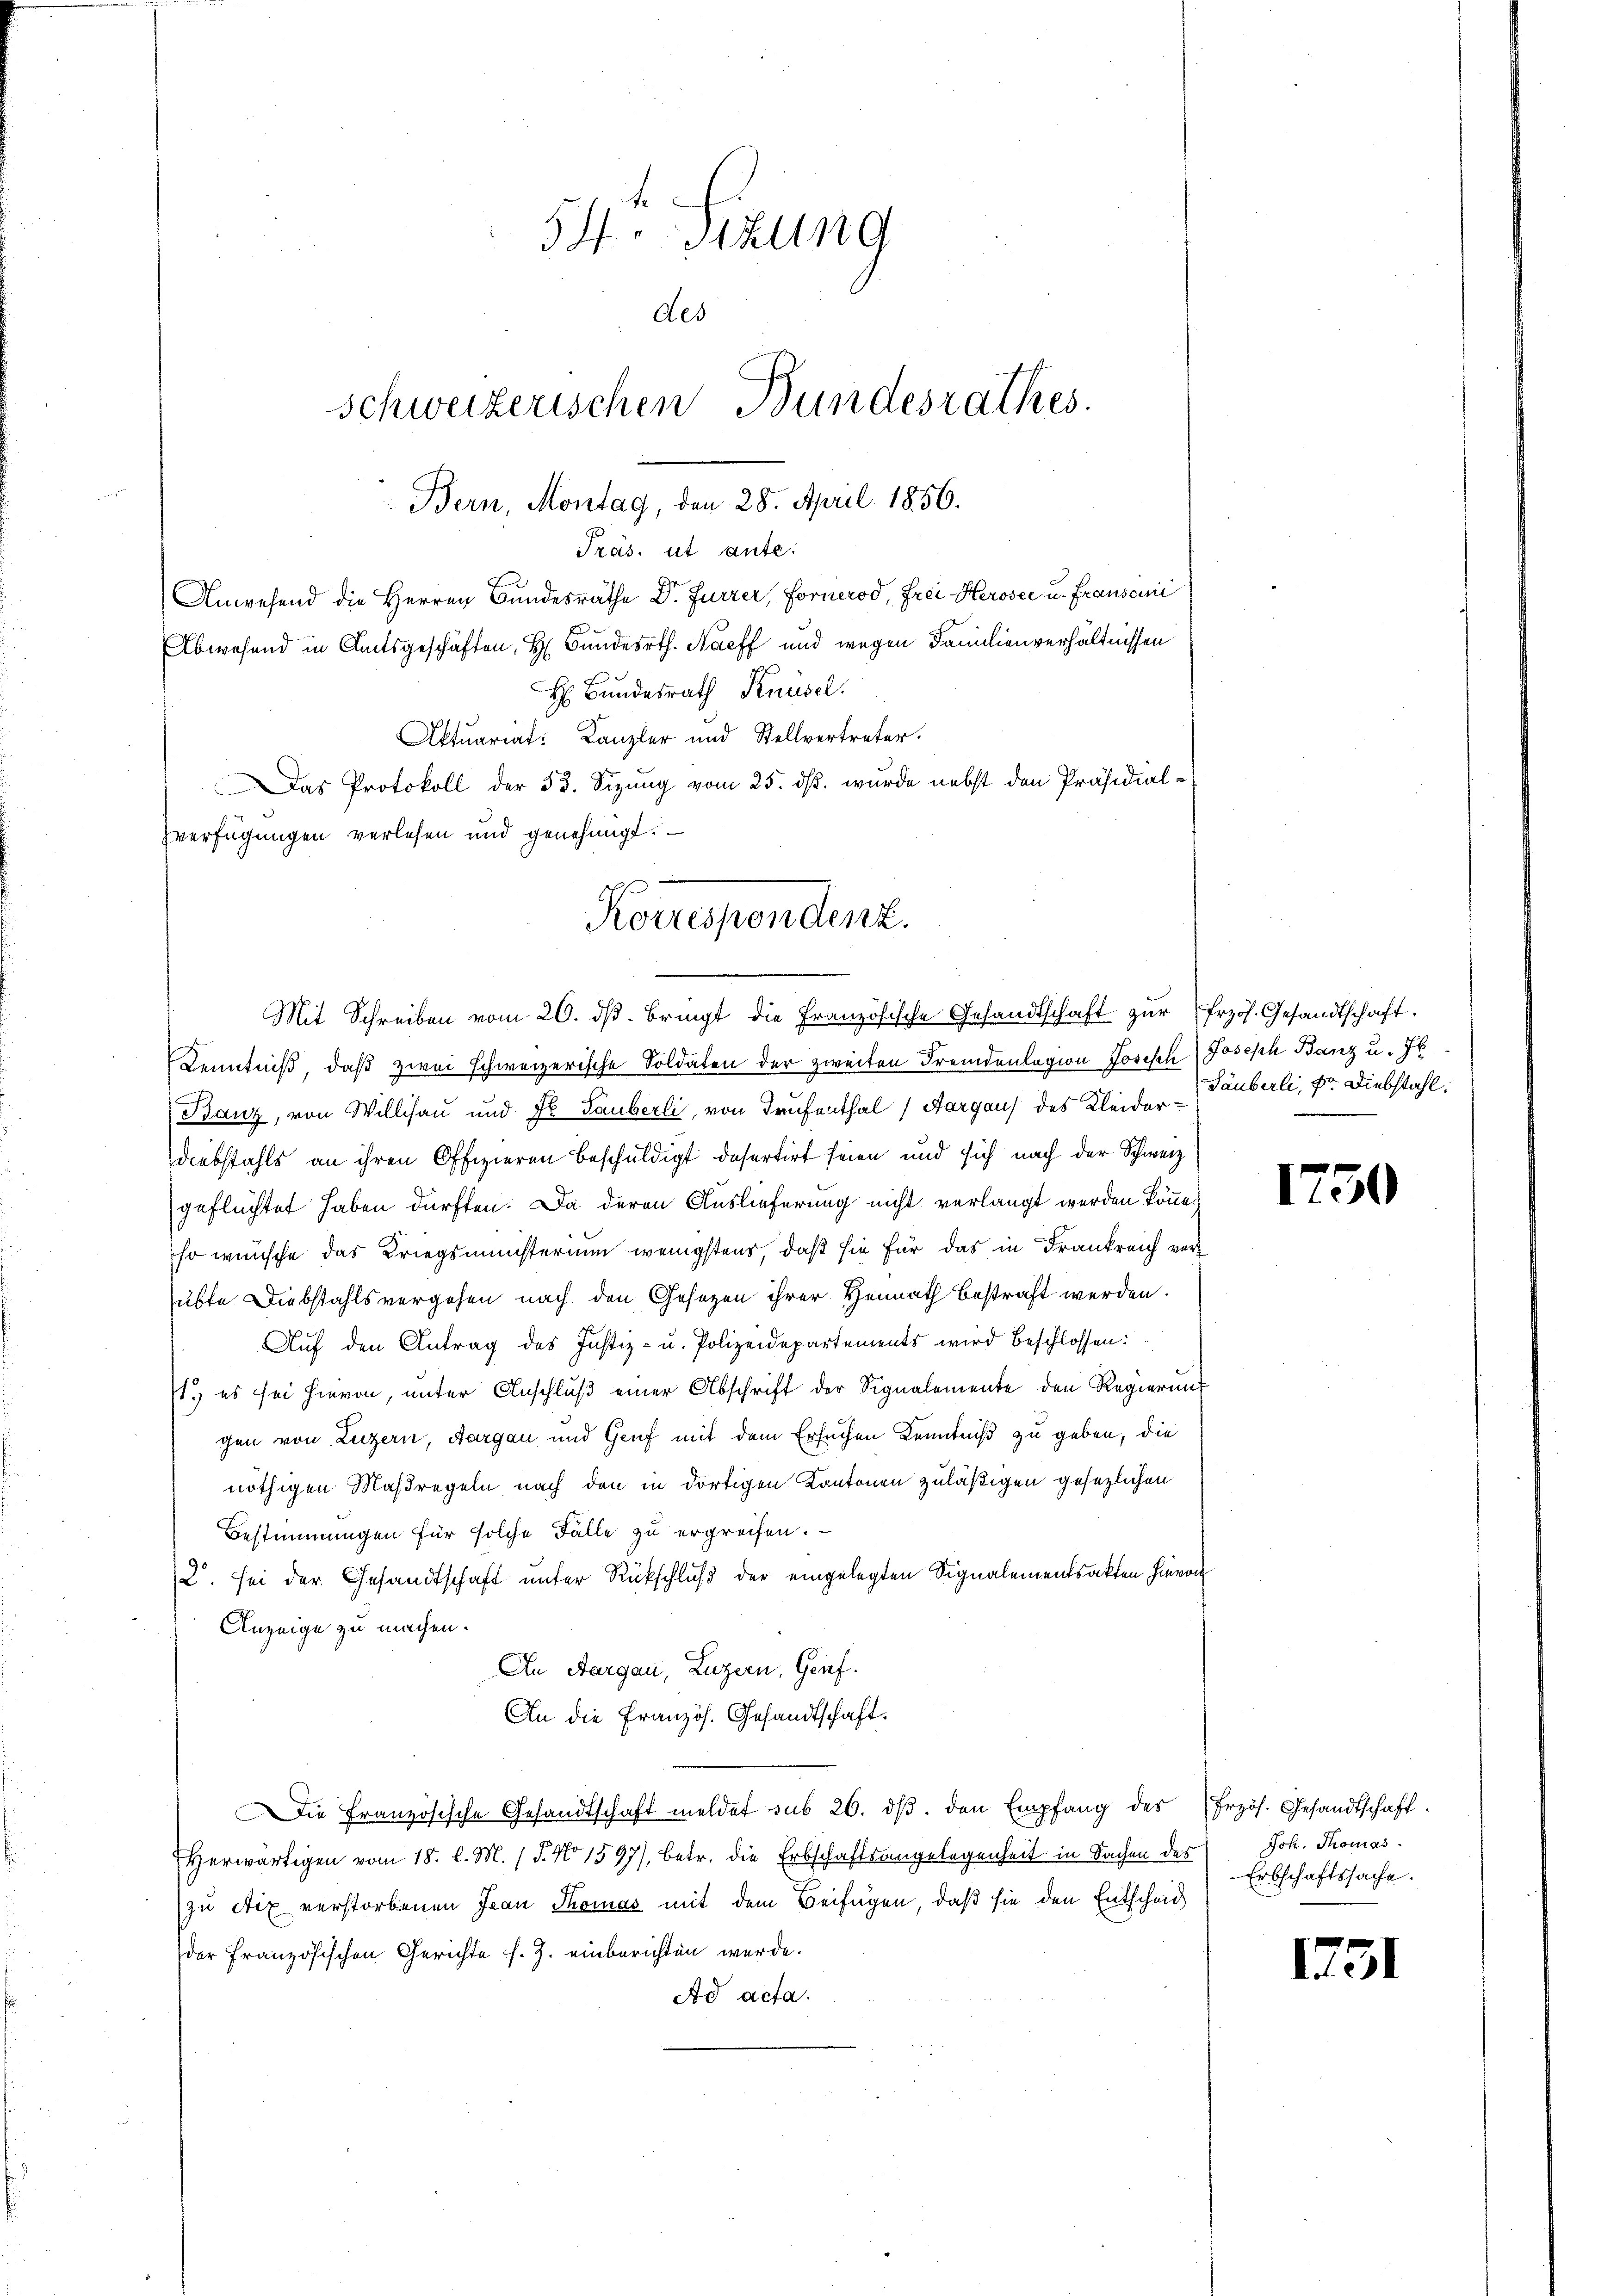
Präs. ut aute:

zverfügungen verlesen und genehmigt.

Korrespendenz.

Mit Schreiben vom 20. dβ. bringt die Französische Gesandtschaft zur Erzös. Gesandtschaft.
Kenntniß, daß zwei schweizerische Soldaten der zweiten Fremdenlagion Joseph Joseph Banz u. Jb.
Banz, von Willisau und Jb. Tauberli, von Trufenthal (Aargaus des Kleider Tauberli, Dr. Diebstahl.
diebstahls an ihren Offizieren beschuldigt defertirt seien und sich nach der Schweiz
geflüchtet haben dürften. Da deren Auslieferung nicht verlangt werden könne,
so wünsche das Kriegsministerium wenigstens, daß sie für das in Frankreich verübte Diebstahls vergehen nach den Gesetzen ihrer Heimath bestraft werden.
Auf den Antrag des Justiz- u. Polizeidepartements wird beschlossen:
1.) es sei hievon, ŭnter Anschlŭβ einer Abschrift der Signalemente den Regierung
gen von Luzern, Aargau und Genf mit dem Ersuchen Kenntniß zu geben, die
nöthigen Maßregeln nach den in dortigen Kantonen zuläßigen gesezlichen
Bestimmungen für solche Fälle zu ergreifen.
2. sei der Gesandtschaft unter Rückschluß der eingelegten Signalementsakten hievon
Anzeige zu machen.
An Aargau, Luzern, Genf.
An die Französ. Gesandtschaft.
Die Französische Gesandtschaft meldet sub 26. dβ. den Empfang des Erzös. Gesandtschaft
Herwärtigen vom 18. l. M. (T. No 1597), betr. die Erbschaftsangelegenheit in Sachen des Joh. Thomas
zu ctix verstorbenen Jean Thomas mit dem Beifügen, daß sie den Entscheid
der französischen Gerichte s. Z. einberichten werde.
Ad acta.

54. Sitzung
des
schweizerischen Bundesrathes.
Bern, Montag, den 28. April 1856.

Anwesend die Herren Bundesräthe Dr. Furrer, Fornerod, Frei Herosee u. Frauseini
Abwesend in Amtsgeschäften, H. Bundesrth. Nacff und wegen Familienverhältnissen
H Bundesrath Knüsel.
Aktuariat: Kanzler und Stellvertreter.
Das Protokoll der 53. Sitzung vom 25. ds. wurde nebst den Präsidial-

1750

Erbschaftssache.

1731